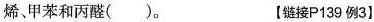
烯、甲苯和丙醛( )。 【链接P139例3)